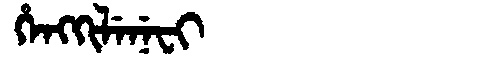
Manchu: ᡥᡝᠩᡴᡳᠯᡝᠨᡝᠸᡳ
Romanization: HENGKILENEFI